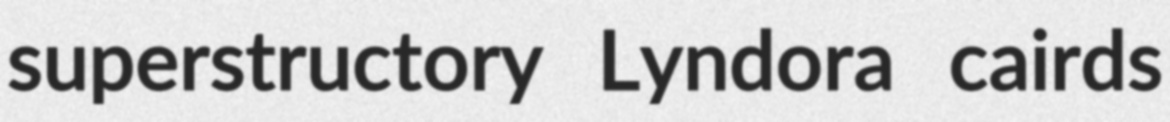
superstructory Lyndora cairds